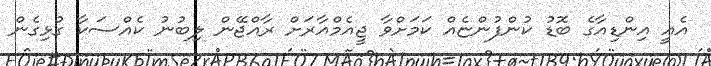
އެއީ އިންޑިއާގެ ބޮޑު ކުންފުންޏެއް ކަމަށްވާ ޖީއެމްއާރަށް ރާއްޖޭން ލިބުނު ކެއްސަކާ ގުޅިގެން